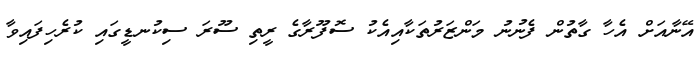
އޭނާއަށް އެހާ ގާތުން ފެނުނު މަންޒަރުތަކާއިއެކު ސޮފޫރާގެ ރީތި ސޫރަ ސިކުނޑީގައި ކުރެހިފައިވާ